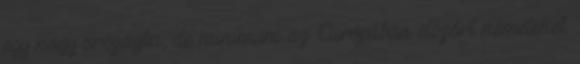
egy nagy országba, de minimum az Európában elszórt németeket.